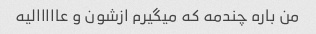
من باره چندمه که میگیرم ازشون و عااااالیه